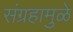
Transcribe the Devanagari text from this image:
संग्रहामुळे